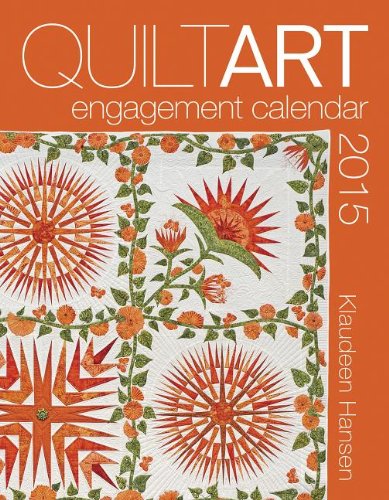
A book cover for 2015 Quilt Art Engagement Calendar; Klaudeen Hansen; Calendars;